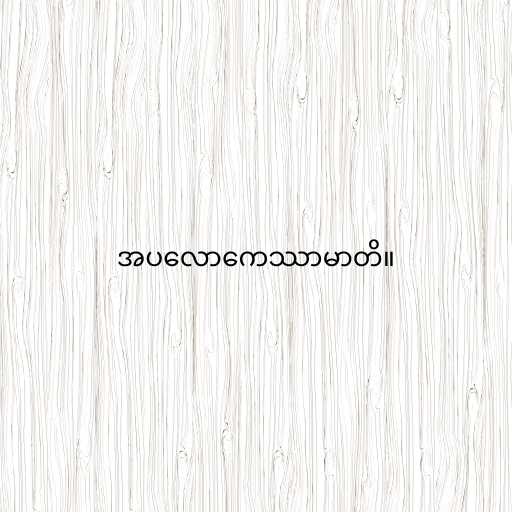
အပလောကေဿာမာတိ။